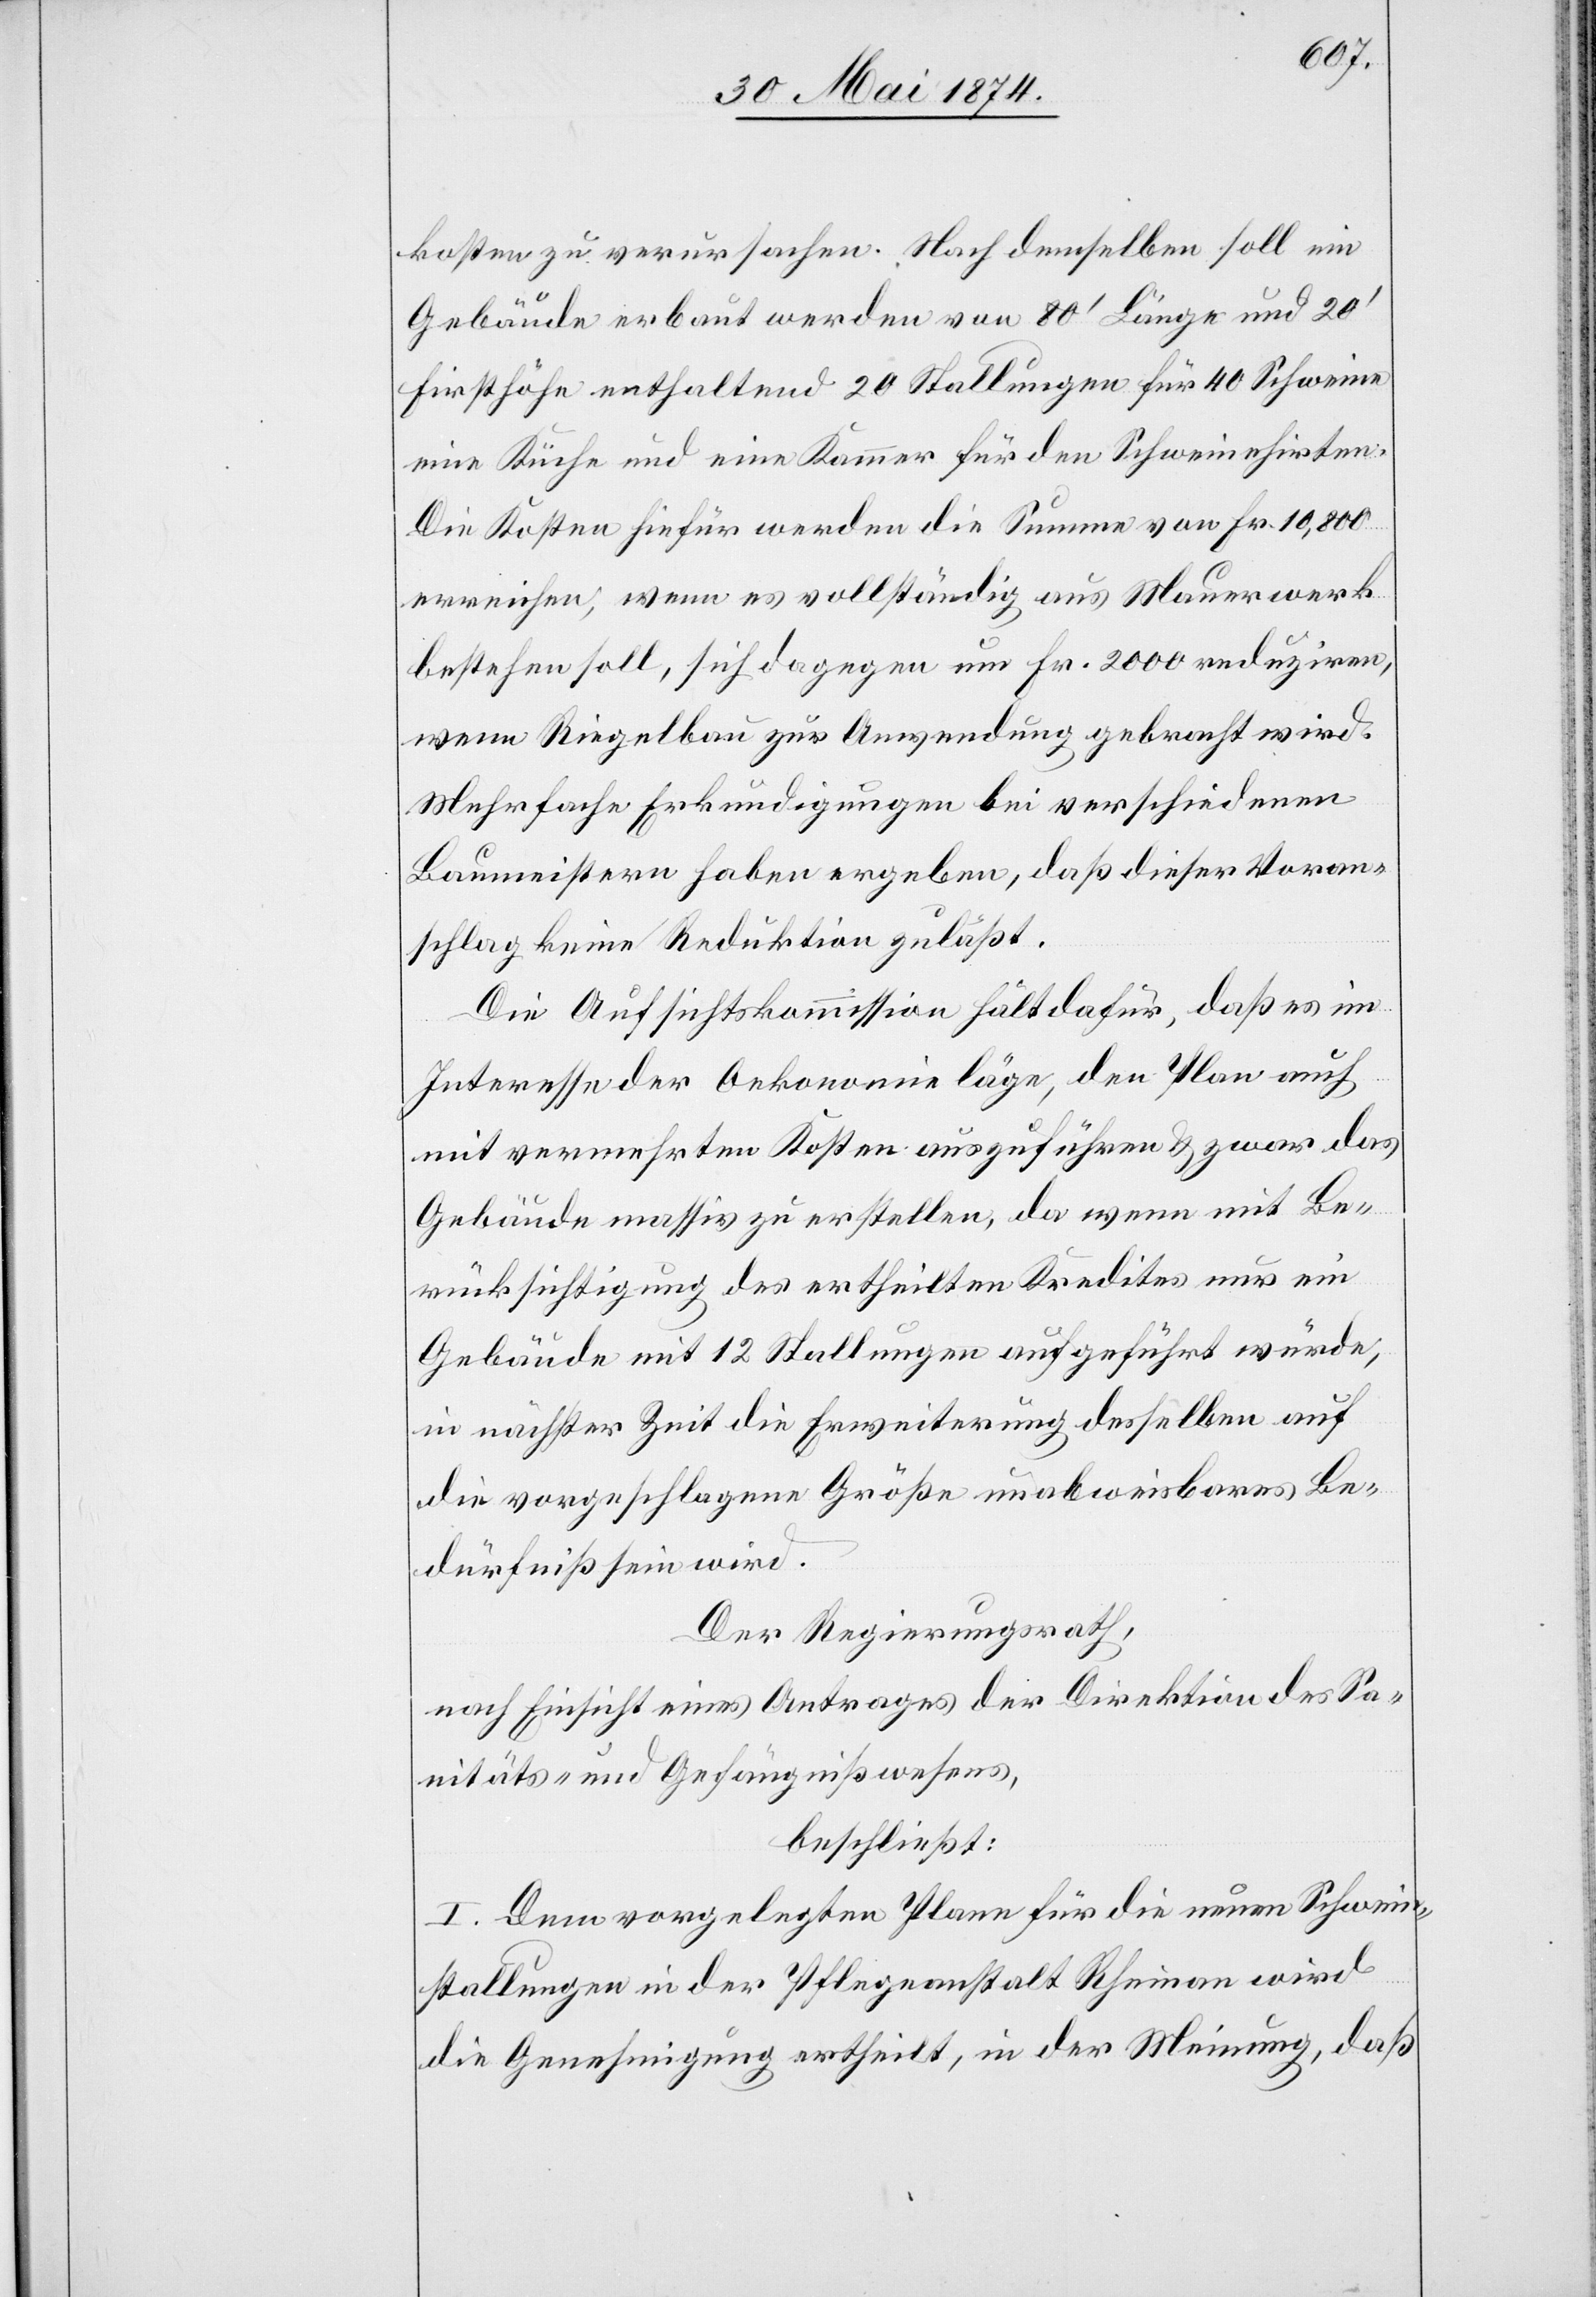
kosten zu verursachen. Nach demselben soll ein
Gebäude erbaut werden von 80‘ Länge und 20‘
Firsthöhe enthaltend 20 Stallungen für 40 Schweine
eine Küche und eine Kammer für den Schweinehirten.
Die Kosten hiefür werden die Summe von Fr. 10,800
erreichen, wenn es vollständig aus Mauerwerk
bestehen soll, sich dagegen um Fr. 2000 reduziren,
wenn Riegelbau zur Anwendung gebracht wird.
Mehrfache Erkundigungen bei verschiedenen
Baumeistern haben ergeben, daß dieser Voran¬
schlag keine Reduktion zuläßt.
Die Aufsichtskommission hält dafür, daß es im
Interesse der Oekonomie läge, den Plan auch
mit vermehrten Kosten auszuführen u. zwar das
Gebäude massiv zu erstellen, da wenn mit Be¬
rücksichtigung des ertheilten Kredites nur ein
Gebäude mit 12 Stallungen aufgeführt würde,
in nächster Zeit die Erweiterung desselben auf
die vorgeschlagene Größe unabweisbares Be¬
dürfniß sein wird.
Der Regierungsrath,
nach Einsicht eines Antrages der Direktion des Sa¬
nitäts- und Gefängnißwesens,
beschließt:
I. Dem vorgelegten Plane für die neuen Schwein¬
stallungen in der Pflegeanstalt Rheinau wird
die Genehmigung ertheilt, in der Meinung, daß